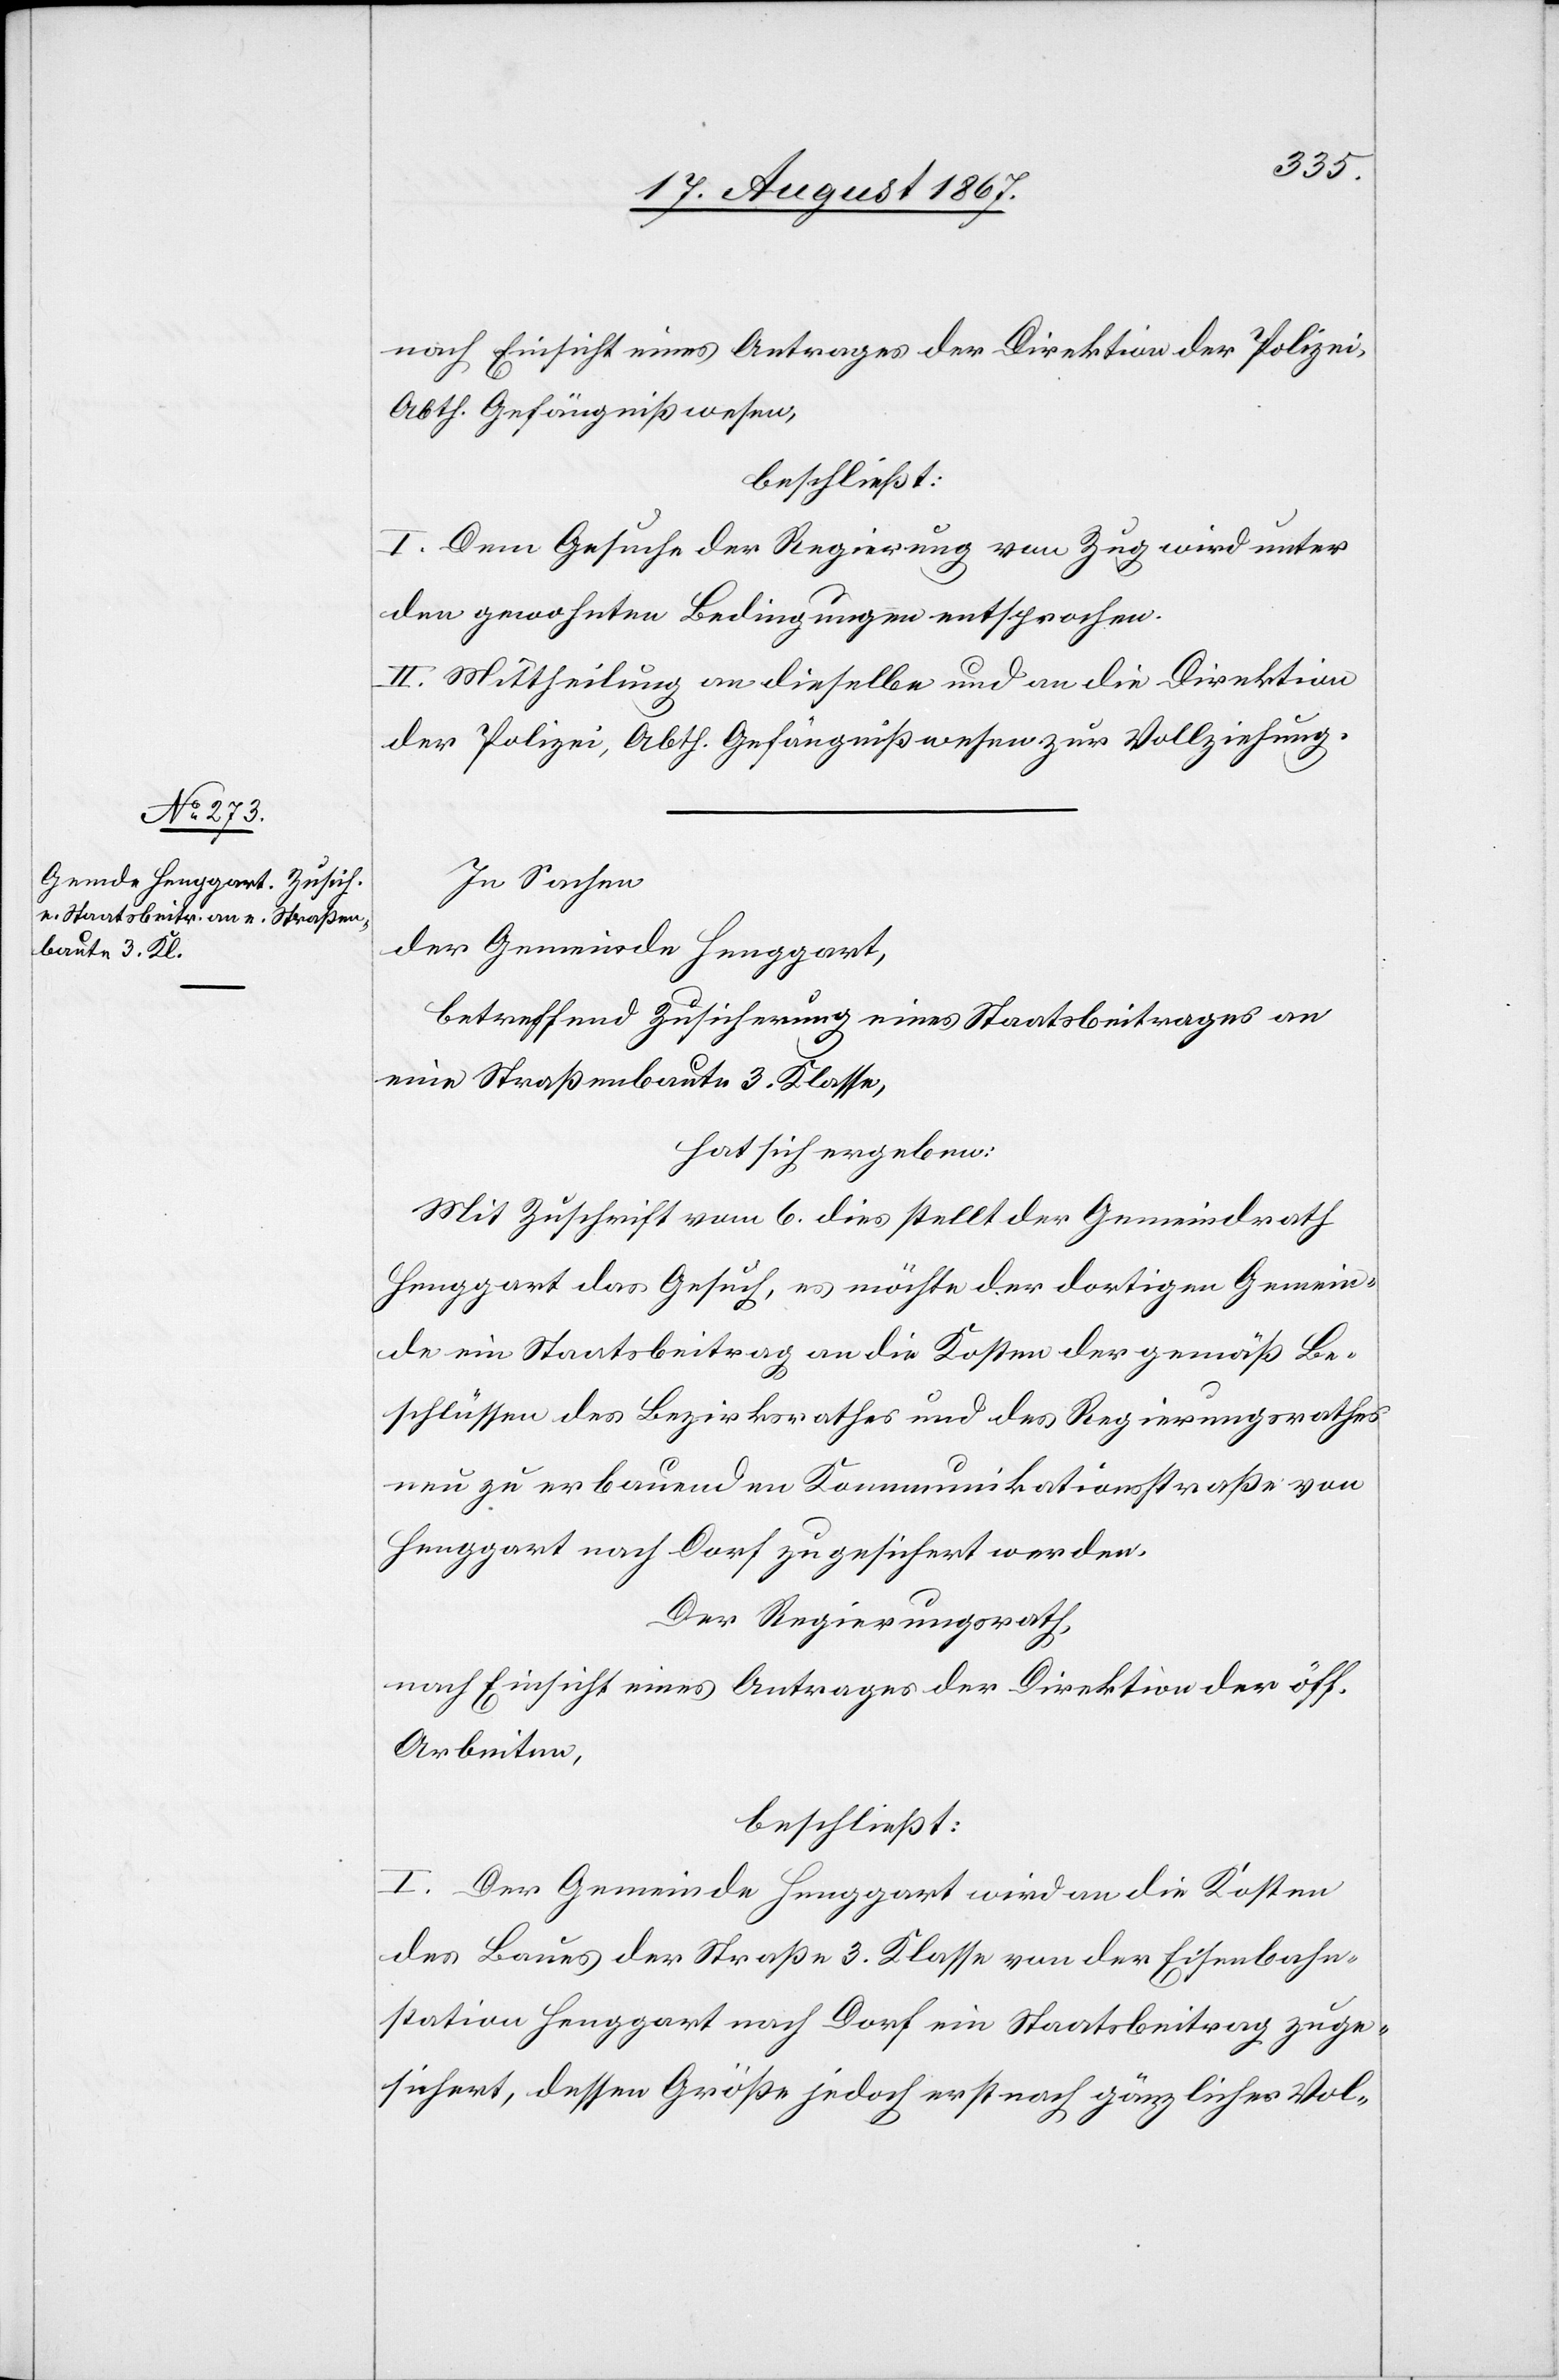
nach Einsicht eines Antrages der Direktion der Polizei,
Abth. Gefängnißwesen,
beschließt:
I. Dem Gesuch der Regierung von Zug wird unter
den gewohnten Bedingungen entsprochen.
II. Mittheilung an dieselbe und an die Direktion
der Polizei, Abth. Gefängnißwesen zur Vollziehung.
In Sachen
der Gemeinde Henggart,
betreffend Zusicherung eines Staatsbeitrages an
eine Straßenbaute 3. Klasse,
hat sich ergeben:
Mit Zuschrift vom 6. dies stellt der Gemeindrath
Henggart das Gesuch, es möchte der dortigen Gemein¬
de ein Staatsbeitrag an die Kosten der gemäß Be¬
schlüssen des Bezirksrathes und des Regierungsrathes
neu zu erbauenden Kommunikationsstraße von
Henggart nach Dorf zugesichert werden.
Der Regierungsrath,
nach Einsicht eines Antrages der Direktion der öff.
Arbeiten,
beschließt:
I. Der Gemeinde Henggart wird an die Kosten
des Baues der Straße 3. Klasse von der Eisenbahn¬
station Henggart nach Dorf ein Staatsbeitrag zuge¬
sichert, dessen Größe jedoch erst nach gänzlicher Vol-